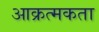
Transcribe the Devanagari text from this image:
आक्रत्मकता